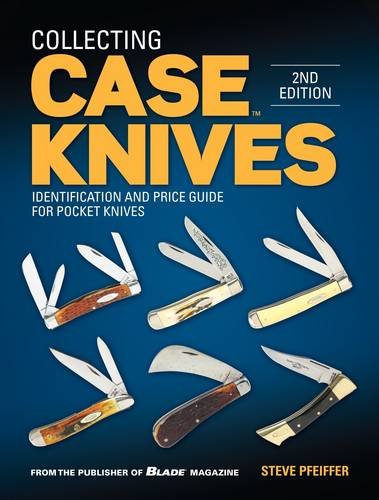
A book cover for Collecting Case Knives: Identification and Price Guide for Pocket Knives; Steve Pfeiffer; Crafts, Hobbies & Home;